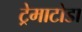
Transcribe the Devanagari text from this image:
ट्रेमाटोडा